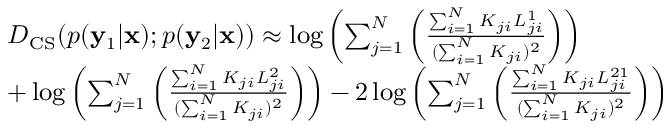
\small \begin{array} { r l } & { D _ { \mathrm { C S } } ( p ( \mathbf { y } _ { 1 } | \mathbf { x } ) ; p ( \mathbf { y } _ { 2 } | \mathbf { x } ) ) \approx \log \left( \sum _ { j = 1 } ^ { N } \left( \frac { \sum _ { i = 1 } ^ { N } K _ { j i } L _ { j i } ^ { 1 } } { ( \sum _ { i = 1 } ^ { N } K _ { j i } ) ^ { 2 } } \right) \right) } \\ & { + \log \left( \sum _ { j = 1 } ^ { N } \left( \frac { \sum _ { i = 1 } ^ { N } K _ { j i } L _ { j i } ^ { 2 } } { ( \sum _ { i = 1 } ^ { N } K _ { j i } ) ^ { 2 } } \right) \right) - 2 \log \left( \sum _ { j = 1 } ^ { N } \left( \frac { \sum _ { i = 1 } ^ { N } K _ { j i } L _ { j i } ^ { 2 1 } } { ( \sum _ { i = 1 } ^ { N } K _ { j i } ) ^ { 2 } } \right) \right) } \end{array}